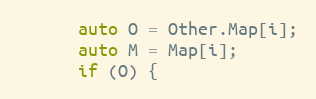
Language: C
      auto O = Other.Map[i];
      auto M = Map[i];
      if (O) {